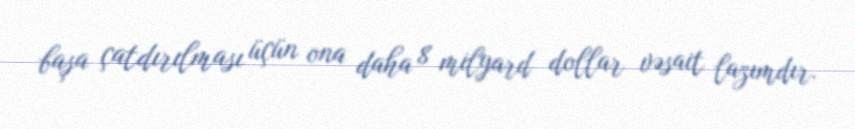
başa çatdırılması üçün ona daha 8 milyard dollar vəsait lazımdır.